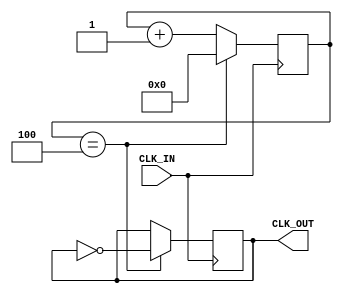
module dev10(
input CLK_IN,
output CLK_OUT


);

reg [0:5] cnt =6'b0; 
reg mean=1'b0;

parameter CLK_5=4;

always @(posedge CLK_IN)
begin
	cnt<=cnt+1'b1;
	if (cnt==CLK_5)
	begin
		mean<=!mean;
		cnt<=6'b0;
	end	
end	

assign CLK_OUT=mean;


endmodule